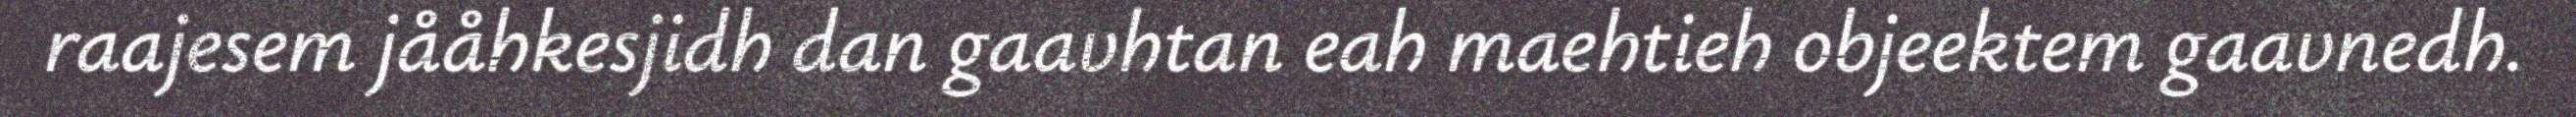
raajesem jååhkesjidh dan gaavhtan eah maehtieh objeektem gaavnedh.